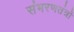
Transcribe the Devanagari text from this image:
संभरणतंत्रों